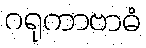
ဂရုကာဗာဓံ